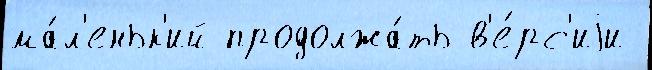
ма́л'еньк'ий продолжа́ть в'е́рс'иjи